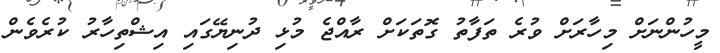
މީހުންނަށް މިހާރަށް ވުރެ ތަފާތު ގޮތަކަށް ރާއްޖެ މުޅި ދުނިޔޭގައި އިޝްތިހާރު ކުރެވެން